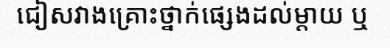
ជៀសវាងគ្រោះថ្នាក់ផ្សេងដល់ម្តាយ ឬ